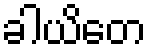
ခါယိတေ